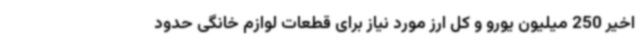
اخیر 250 میلیون یورو و کل ارز مورد نیاز برای قطعات لوازم خانگی حدود